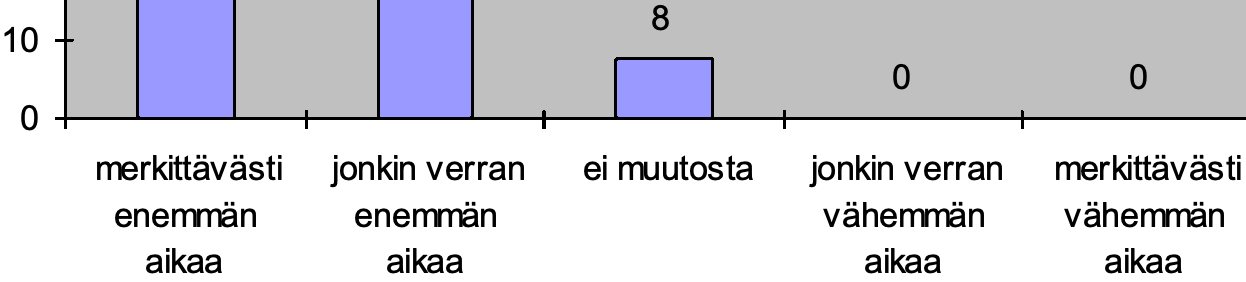
8 10 0       0 0 merkittävästi jonkin verran ei muutosta jonkin verran merkittävästi enemmän enemmän         vähemmän vähemmän aikaa   aikaa           aikaa   aikaa